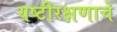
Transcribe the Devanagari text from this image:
यष्टीरक्षणाचे